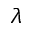
\lambda